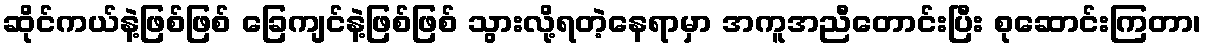
ဆိုင်ကယ်နဲ့ဖြစ်ဖြစ် ခြေကျင်နဲ့ဖြစ်ဖြစ် သွားလို့ရတဲ့နေရာမှာ အကူအညီတောင်းပြီး စုဆောင်းကြတာ၊